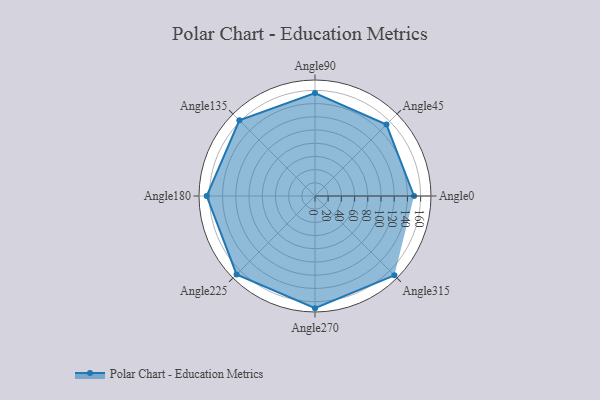
{"axis": {"x": "Angle", "y": "Radius"}, "legend": [""], "data": [{"x": "Angle0", "y": 150.0, "type": ""}, {"x": "Angle45", "y": 153.0, "type": ""}, {"x": "Angle90", "y": 156.0, "type": ""}, {"x": "Angle135", "y": 162.0, "type": ""}, {"x": "Angle180", "y": 164.0, "type": ""}, {"x": "Angle225", "y": 168.0, "type": ""}, {"x": "Angle270", "y": 170, "type": ""}, {"x": "Angle315", "y": 170, "type": ""}]}